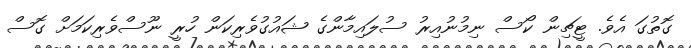
ގޮތުގަ އެވެ. ޓީޗިން ކޯސް ނިމުނުއިރު ސުލައިމާންގެ ޝައުގުވެރިކަން ހުރީ ނޫސްވެރިކަމަށް ގޮސް